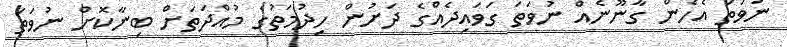
ނުވަތަ އެހެން ގާނޫނެއް ނުވަަތަ ގަވައިދެއްގެ ދަށުން ހިދުމަތުގެ މުއްދަތަށް ބިނާކޮށް ނުވަތަ